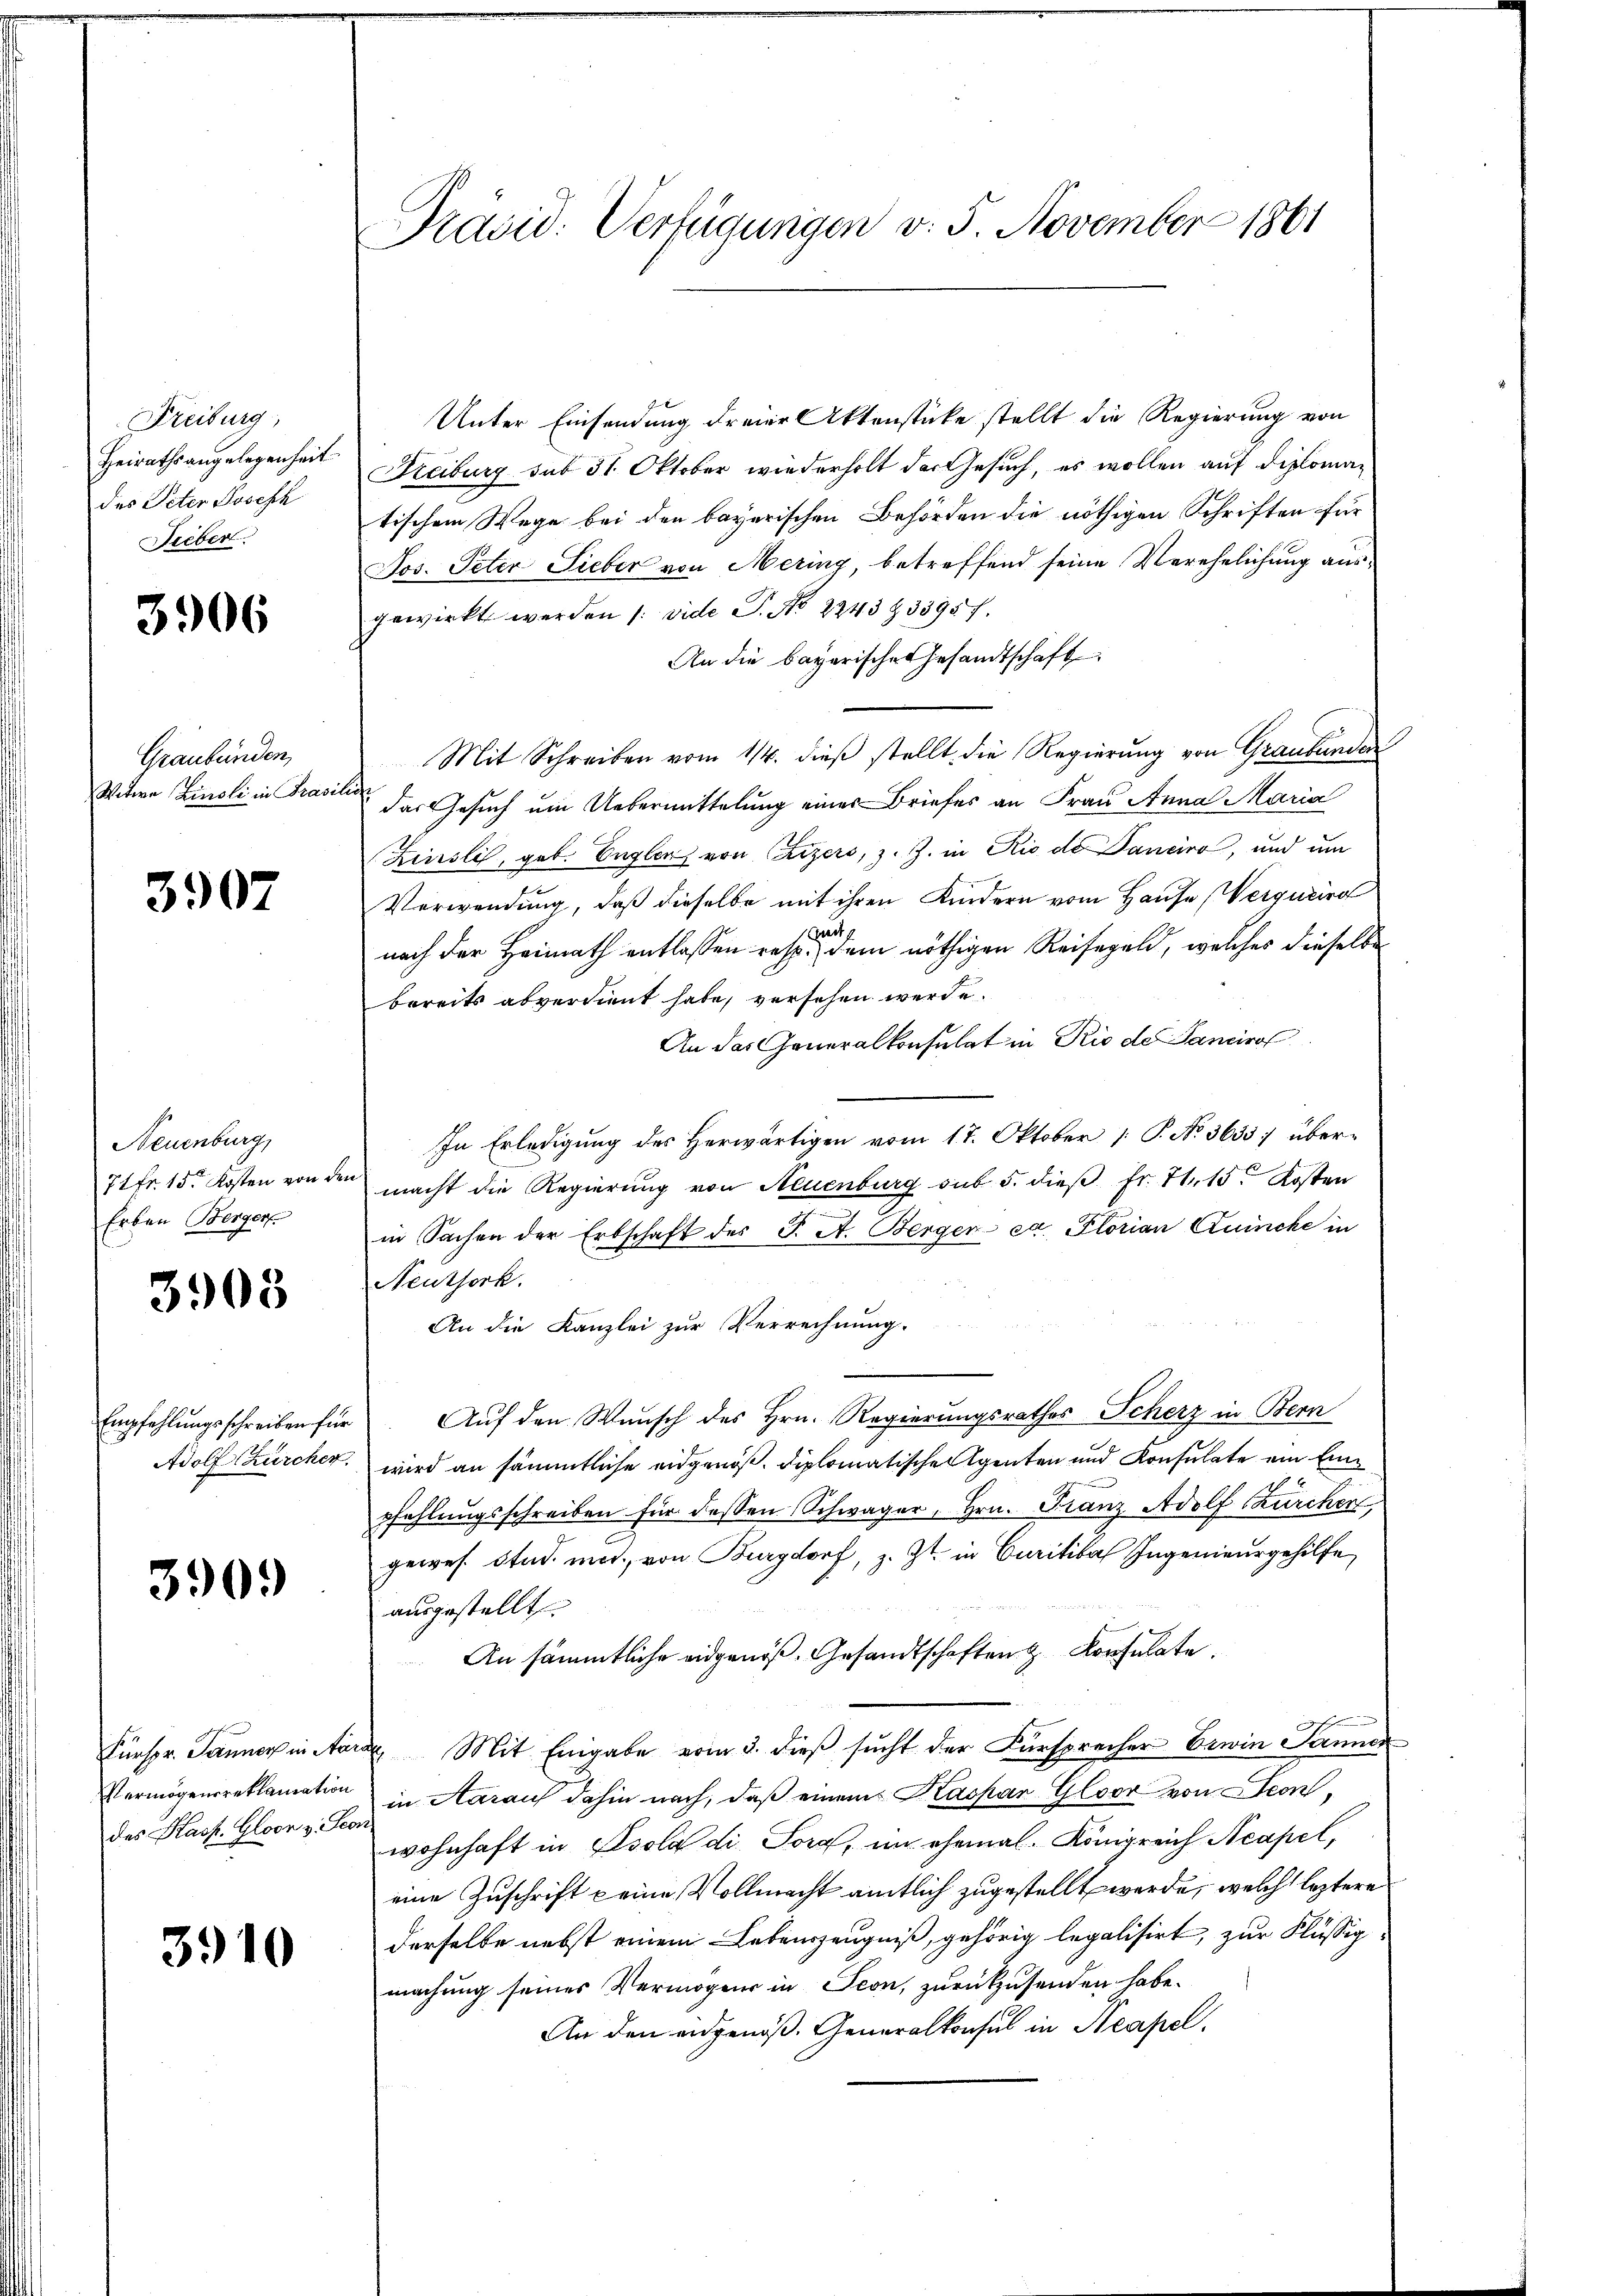
Freiburg,
Heirathsangelegenheit
des Peter Joseph
Sieber.

3906

Graubünden,
Witwe Zinsli in Prasie

3907

Neuenburg,
71 fr. 15. Kosten von de
Erben Berger

3908

Empfehlungsschreiben für
Adolf Zürcher.

3909)

Fürspr. Jänner in Aa
Vermögensreklamation
des Kasp. Gloor v. Fes

3910

Präsid. Verfügungen v. 5. November 1861

Unter Einsendung dreier Aktenstücke stellt die Regierung von
Freiburg sub 31 Oktober wiederholt der Gesuch, es wollen auf diplomatischem Wege bei den bayerischen Behörden die nöthigen Schriften für
Jos. Peter Lieber von Mering, betreffend seine Verehelichung ausgewirkt werden /: vide P. No 2243Z33957.
An die bayerische Gesandtschaft
Mit Schreiben vom 114. dieß stellt die Regierung von Graubünden
das Gesuch um Uebermittelung eines Briefes an Frau Anna Maria
Finsli, geb. Engler von Crizers, z. Z. in Rio de Panciro, und um
Verwendung, daß dieselbe mit ihren Kindern vom Hause (Vergurire
nach der Heimath entlassen resp. dem nöthigen Reisegeld, welches dieselbe
bereits abverdient habe, versehen werde.
An das Generalkonsulat in Rio de Sancirol
In Erledigung des herwärtigen vom 17. Oktober 1. P. No. 3635: übermacht die Regierung von Neuenburg sub 5. dieβ Fr. 71. 15. Kosten
.
in Sachen der Erbschaft des J. A. Bergen ca. Florian Quinche in
Neuthork.
An die Kanzlei zur Verrechnung.
Auf den Wunsch des Hrn. Regierungsrathes Scherz in Bern
wird an sämmtliche eidgenoß, diplomatische Agenten und Konsulate ein Einpfehlŭngsschreiben für dessen Schwager, Hrn. Franz Adolf Zürcher,
gewes. Stud. mit von Burgdorf, z. Zt. in Curitier Ingenieurgehilfe
ausgestellt.
An sämmtliche eidgenöß. Gesandtschaften & Konsulate
2 Mit Eingabe vom 3. dieß sucht der Fürsprecher Erwin Jannen
in Aarauf dahin nach, daß einem Kaspar Gloor von Seen,
wohnhaft in Isola die Sorg, im ehemal. Königreich Neapel,
eine Zuschrift keine Vollmacht amtlich zugestellt werde, welche leztere
derselbe nebst einem Lebenszeugniß, gehörig legalisirt, zur Flüssig
machung seines Vermögens in Seon, zurückzusenden habe.
An den eidgenöß. Generalkonsul in Neapel.